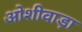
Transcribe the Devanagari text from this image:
ओशीवाड़ा